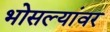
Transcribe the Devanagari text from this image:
भोसल्यांवर